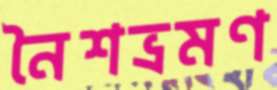
নৈশভ্রমণ